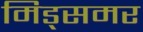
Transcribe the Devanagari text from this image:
मिड्‌समर